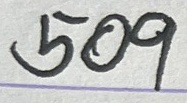
509